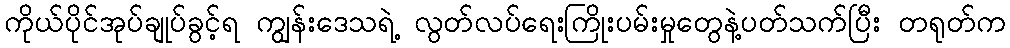
ကိုယ်ပိုင်အုပ်ချုပ်ခွင့်ရ ကျွန်းဒေသရဲ့ လွတ်လပ်ရေးကြိုးပမ်းမှုတွေနဲ့ပတ်သက်ပြီး တရုတ်က